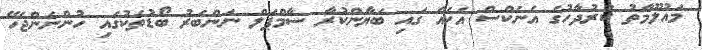
މައުލޫމާތު ކަރުދާހުގެ އެނެކްސް އެކެއް ގައި ބަޔާންކުރާ ސާމްޕަލް ނަންބަރު ބޯޑުތަކުގައި ހުންނަންޖެހޭ